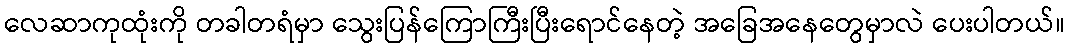
လေဆာကုထုံးကို တခါတရံမှာ သွေးပြန်ကြောကြီးပြီးရောင်နေတဲ့ အခြေအနေတွေမှာလဲ ပေးပါတယ်။